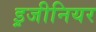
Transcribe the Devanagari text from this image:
इ़जीनियर